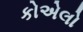
કોએલો